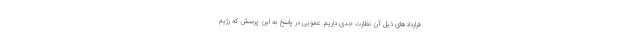
قراردادهای ذیل آن نظارت جدی داریم. عمویی در پاسخ به این پرسش که رژیم